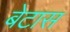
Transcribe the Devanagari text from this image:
बेटास